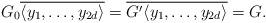
LaTeX: \begin{align*} G_0 \overline{\langle y_1, \dots, y_{2d} \rangle} = \overline{G' \langle y_1, \dots, y_{2d} \rangle} = G. \end{align*}